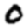
Digit: 0